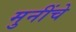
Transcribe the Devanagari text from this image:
मुनींचे